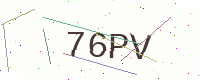
Text: 76PV